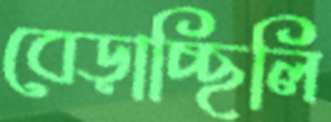
বেড়াচ্ছিলি